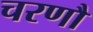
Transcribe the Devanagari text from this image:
चरणौ